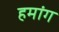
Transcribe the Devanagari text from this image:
हमांग